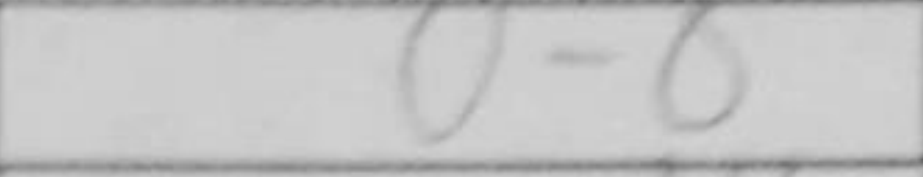
Transcription: O-O